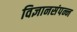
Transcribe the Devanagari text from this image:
विज्ञानसंपन्न